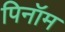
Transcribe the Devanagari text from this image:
पिनॉम